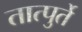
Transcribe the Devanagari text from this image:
तात्पुर्ते